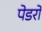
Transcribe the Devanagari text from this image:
पेडरो